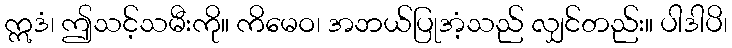
ဣဒံ၊ ဤသင့်သမီးကို။ ကိမေဝ၊ အဘယ်ပြုအံ့သည် လျှင်တည်း။ ပါဒါပိ၊